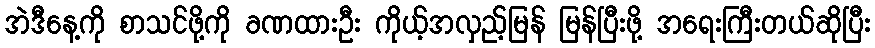
အဲဒီနေ့ကို စာသင်ဖို့ကို ခဏထားဦး ကိုယ့်အလှည့်မြန် မြန်ပြီးဖို့ အရေးကြီးတယ်ဆိုပြီး